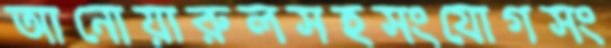
আনোয়ারুলসহসংযোগসং